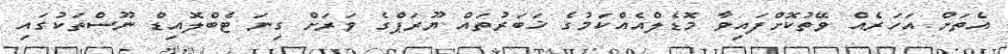
އެތަށް އަހަރެއް ވޭތުކޮށްފައިވާ މޮޑެލްއެއްކަމުގެ ޚަބަރުތައް ޔޫރަޕްގެ ވަރަށް ގިނަ ޓެބްލޮއިޑް ނޫސްތަކުގައި